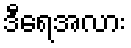
ဒီရေအလား